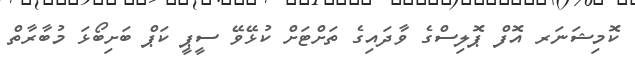
ކޮމިޝަނަރ އޮފް ޕޮލިސްގެ ވާދައިގެ ތަށްޓަށް ކުޅޭވޭ ސީޕީ ކަޕް ބަށިބޯޅަ މުބާރާތް